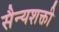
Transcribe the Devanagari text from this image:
सैन्यशक्ती